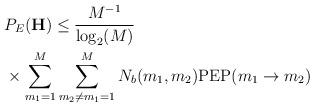
LaTeX: \begin{align*}&P_E({\mathbf{H}}) \leq \frac{M^{-1}}{\log_2(M)}\\&\times \sum_{m_1=1}^{M}\sum_{m_2 \neq m_1 =1}^{M}N_b(m_1, m_2){\rm PEP}(m_1\rightarrow m_2)\end{align*}